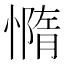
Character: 憜